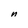
Character: n